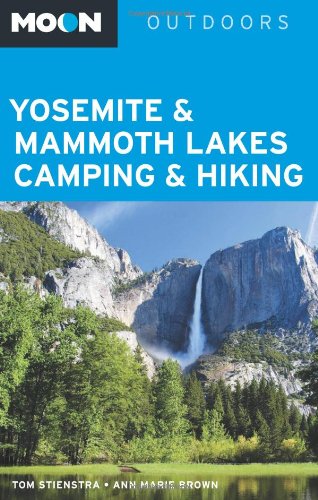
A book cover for Moon Yosemite & Mammoth Lakes Camping & Hiking (Moon Outdoors); Tom Stienstra; Travel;